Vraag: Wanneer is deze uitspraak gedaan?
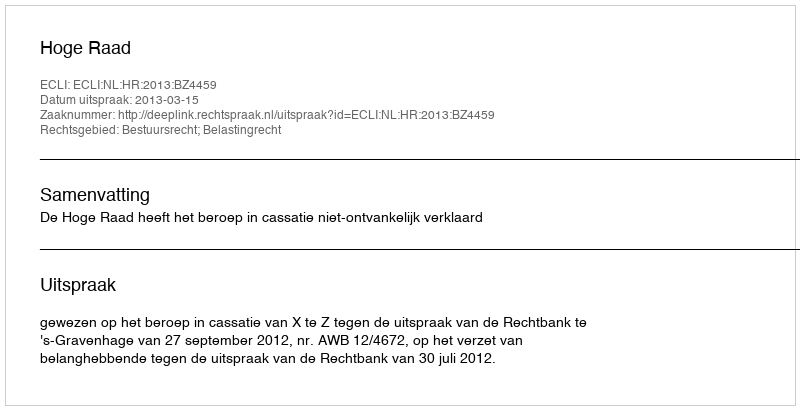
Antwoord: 2013-03-15